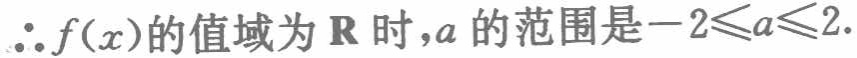
$\therefore f(x)$的值域为$\mathbf{R}$时,$a$的范围是$-2\leqslant a\leqslant 2$.